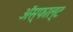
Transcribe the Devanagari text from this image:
ॲस्फाल्ट